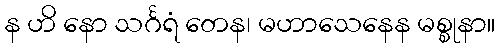
န ဟိ နော သင်္ဂရံ တေန၊ မဟာသေနေန မစ္စုနာ။